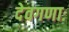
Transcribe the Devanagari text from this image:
देवगणाः